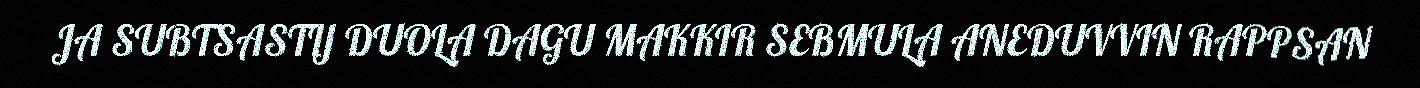
JA SUBTSASTIJ DUOLA DAGU MAKKIR SEBMULA ANEDUVVIN RAPPSAN